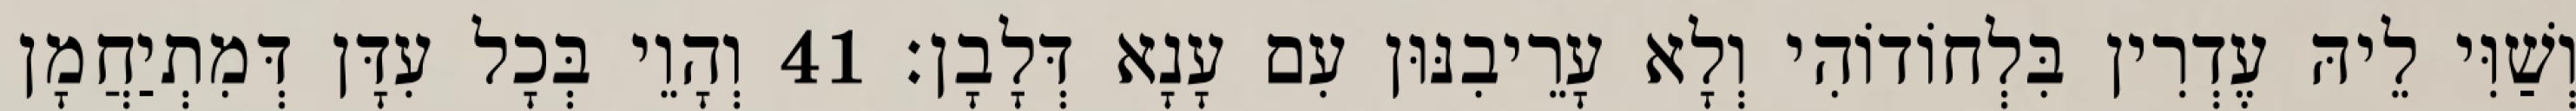
וְשַׁוִּי לֵיהּ עֶדְרִין בִּלְחוֹדוֹהִי וְלָא עָרֵיבִנּוּן עִם עָנָא דְּלָבָן׃ 41 וְהָוֵי בְּכָל עִדָּן דְּמִתְיַחֲמָן